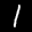
Label: 1